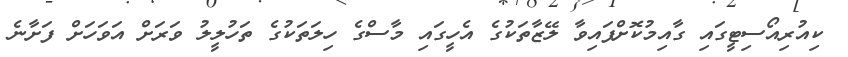
ކިއުރިއޯސިޓީގައި ގާއިމުކޮށްފައިވާ ލޭޒާތަކުގެ އެހީގައި މާސްގެ ހިލަތަކުގެ ތަހުލީލު ވަރަށް އަވަހަށް ފަށާނެ